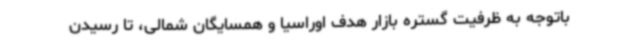
باتوجه به ظرفیت گستره بازار هدف اوراسیا و همسایگان شمالی، تا رسیدن